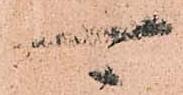
可